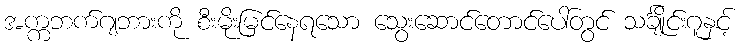
အက္ကဘက်ဂျဘားကို စီးမိုးမြင်နေရသော သွေးဆောင်တောင်ပေါ်တွင် သင်္ချိုင်းဂူနှင့်